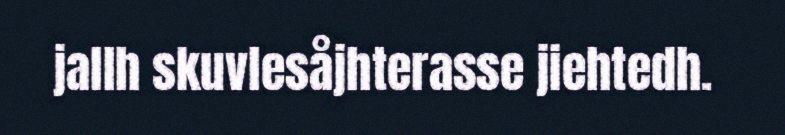
jallh skuvlesåjhterasse jiehtedh.